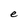
Character: e